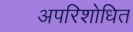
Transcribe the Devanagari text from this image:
अपरिशोधित